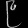
Digit: ၉